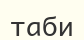
таби